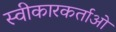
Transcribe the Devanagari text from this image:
स्वीकारकर्ताओं